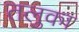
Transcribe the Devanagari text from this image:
तलुका